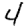
Digit: 4